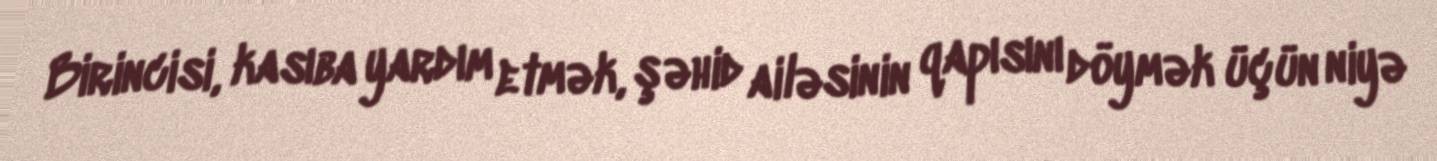
Birincisi, kasıba yardım etmək, şəhid ailəsinin qapısını döymək üçün niyə